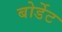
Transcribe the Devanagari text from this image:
बोर्डेट